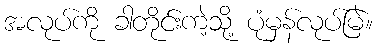
အလုပ်ကို ခါတိုင်းကဲ့သို့ ပုံမှန်လုပ်မြဲ။